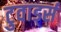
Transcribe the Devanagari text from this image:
टुवार्ड्स